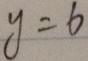
y = 6